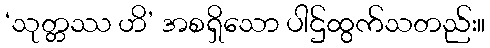
‘သုတ္တဿ ဟိ’ အစရှိသော ပါဌ်ထွက်သတည်း။